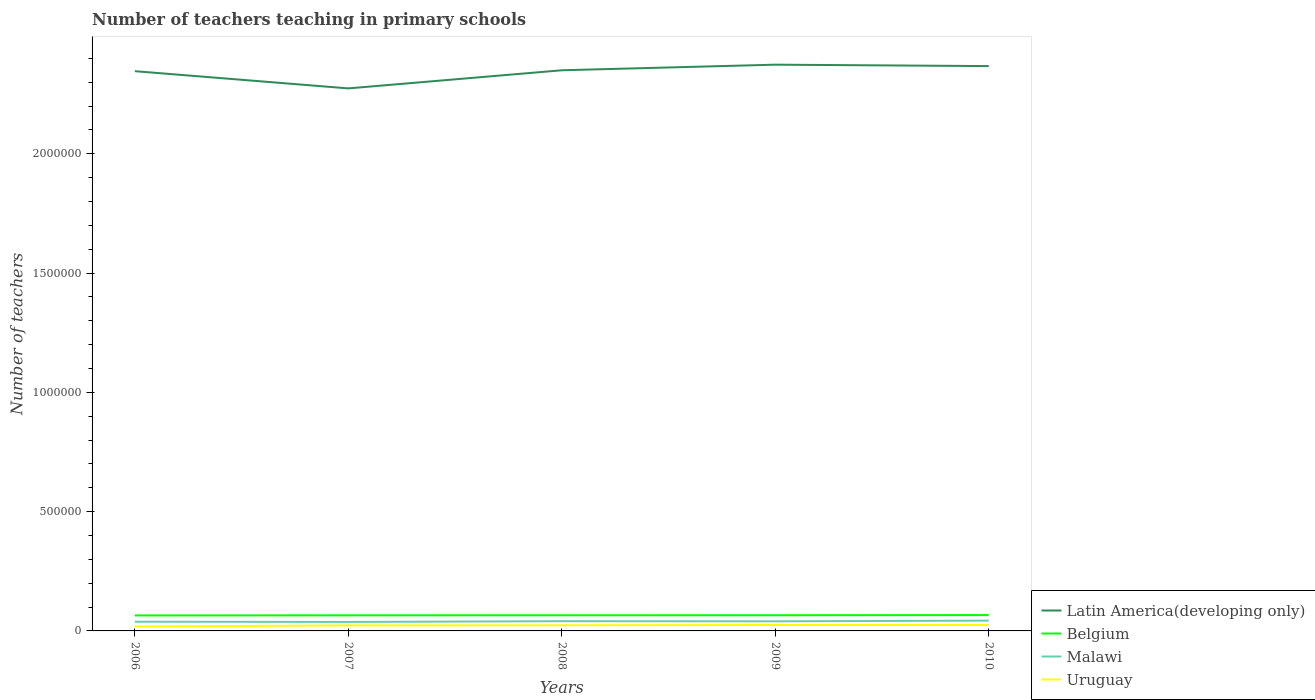
| Years | Latin America(developing only) | Belgium | Malawi | Uruguay |
 | --- | --- | --- | --- | --- |
 | 2006 | 2.35e+06 | 6.49e+04 | 3.86e+04 | 1.86e+04 |
 | 2007 | 2.27e+06 | 6.54e+04 | 3.77e+04 | 2.32e+04 |
 | 2008 | 2.35e+06 | 6.56e+04 | 4.08e+04 | 2.36e+04 |
 | 2009 | 2.37e+06 | 6.57e+04 | 4.03e+04 | 2.49e+04 |
 | 2010 | 2.37e+06 | 6.63e+04 | 4.31e+04 | 2.48e+04 |